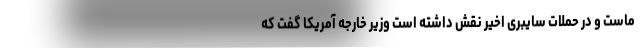
ماست و در حملات سایبری اخیر نقش داشته است وزیر خارجه آمریکا گفت که